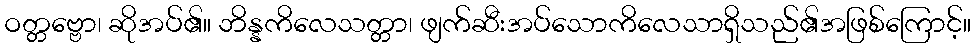
ဝတ္တဗ္ဗော၊ ဆိုအပ်၏။ ဘိန္နကိလေသတ္တာ၊ ဖျက်ဆီးအပ်သောကိလေသာရှိသည်၏အဖြစ်ကြောင့်။